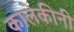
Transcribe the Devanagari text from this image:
कालेकीनी